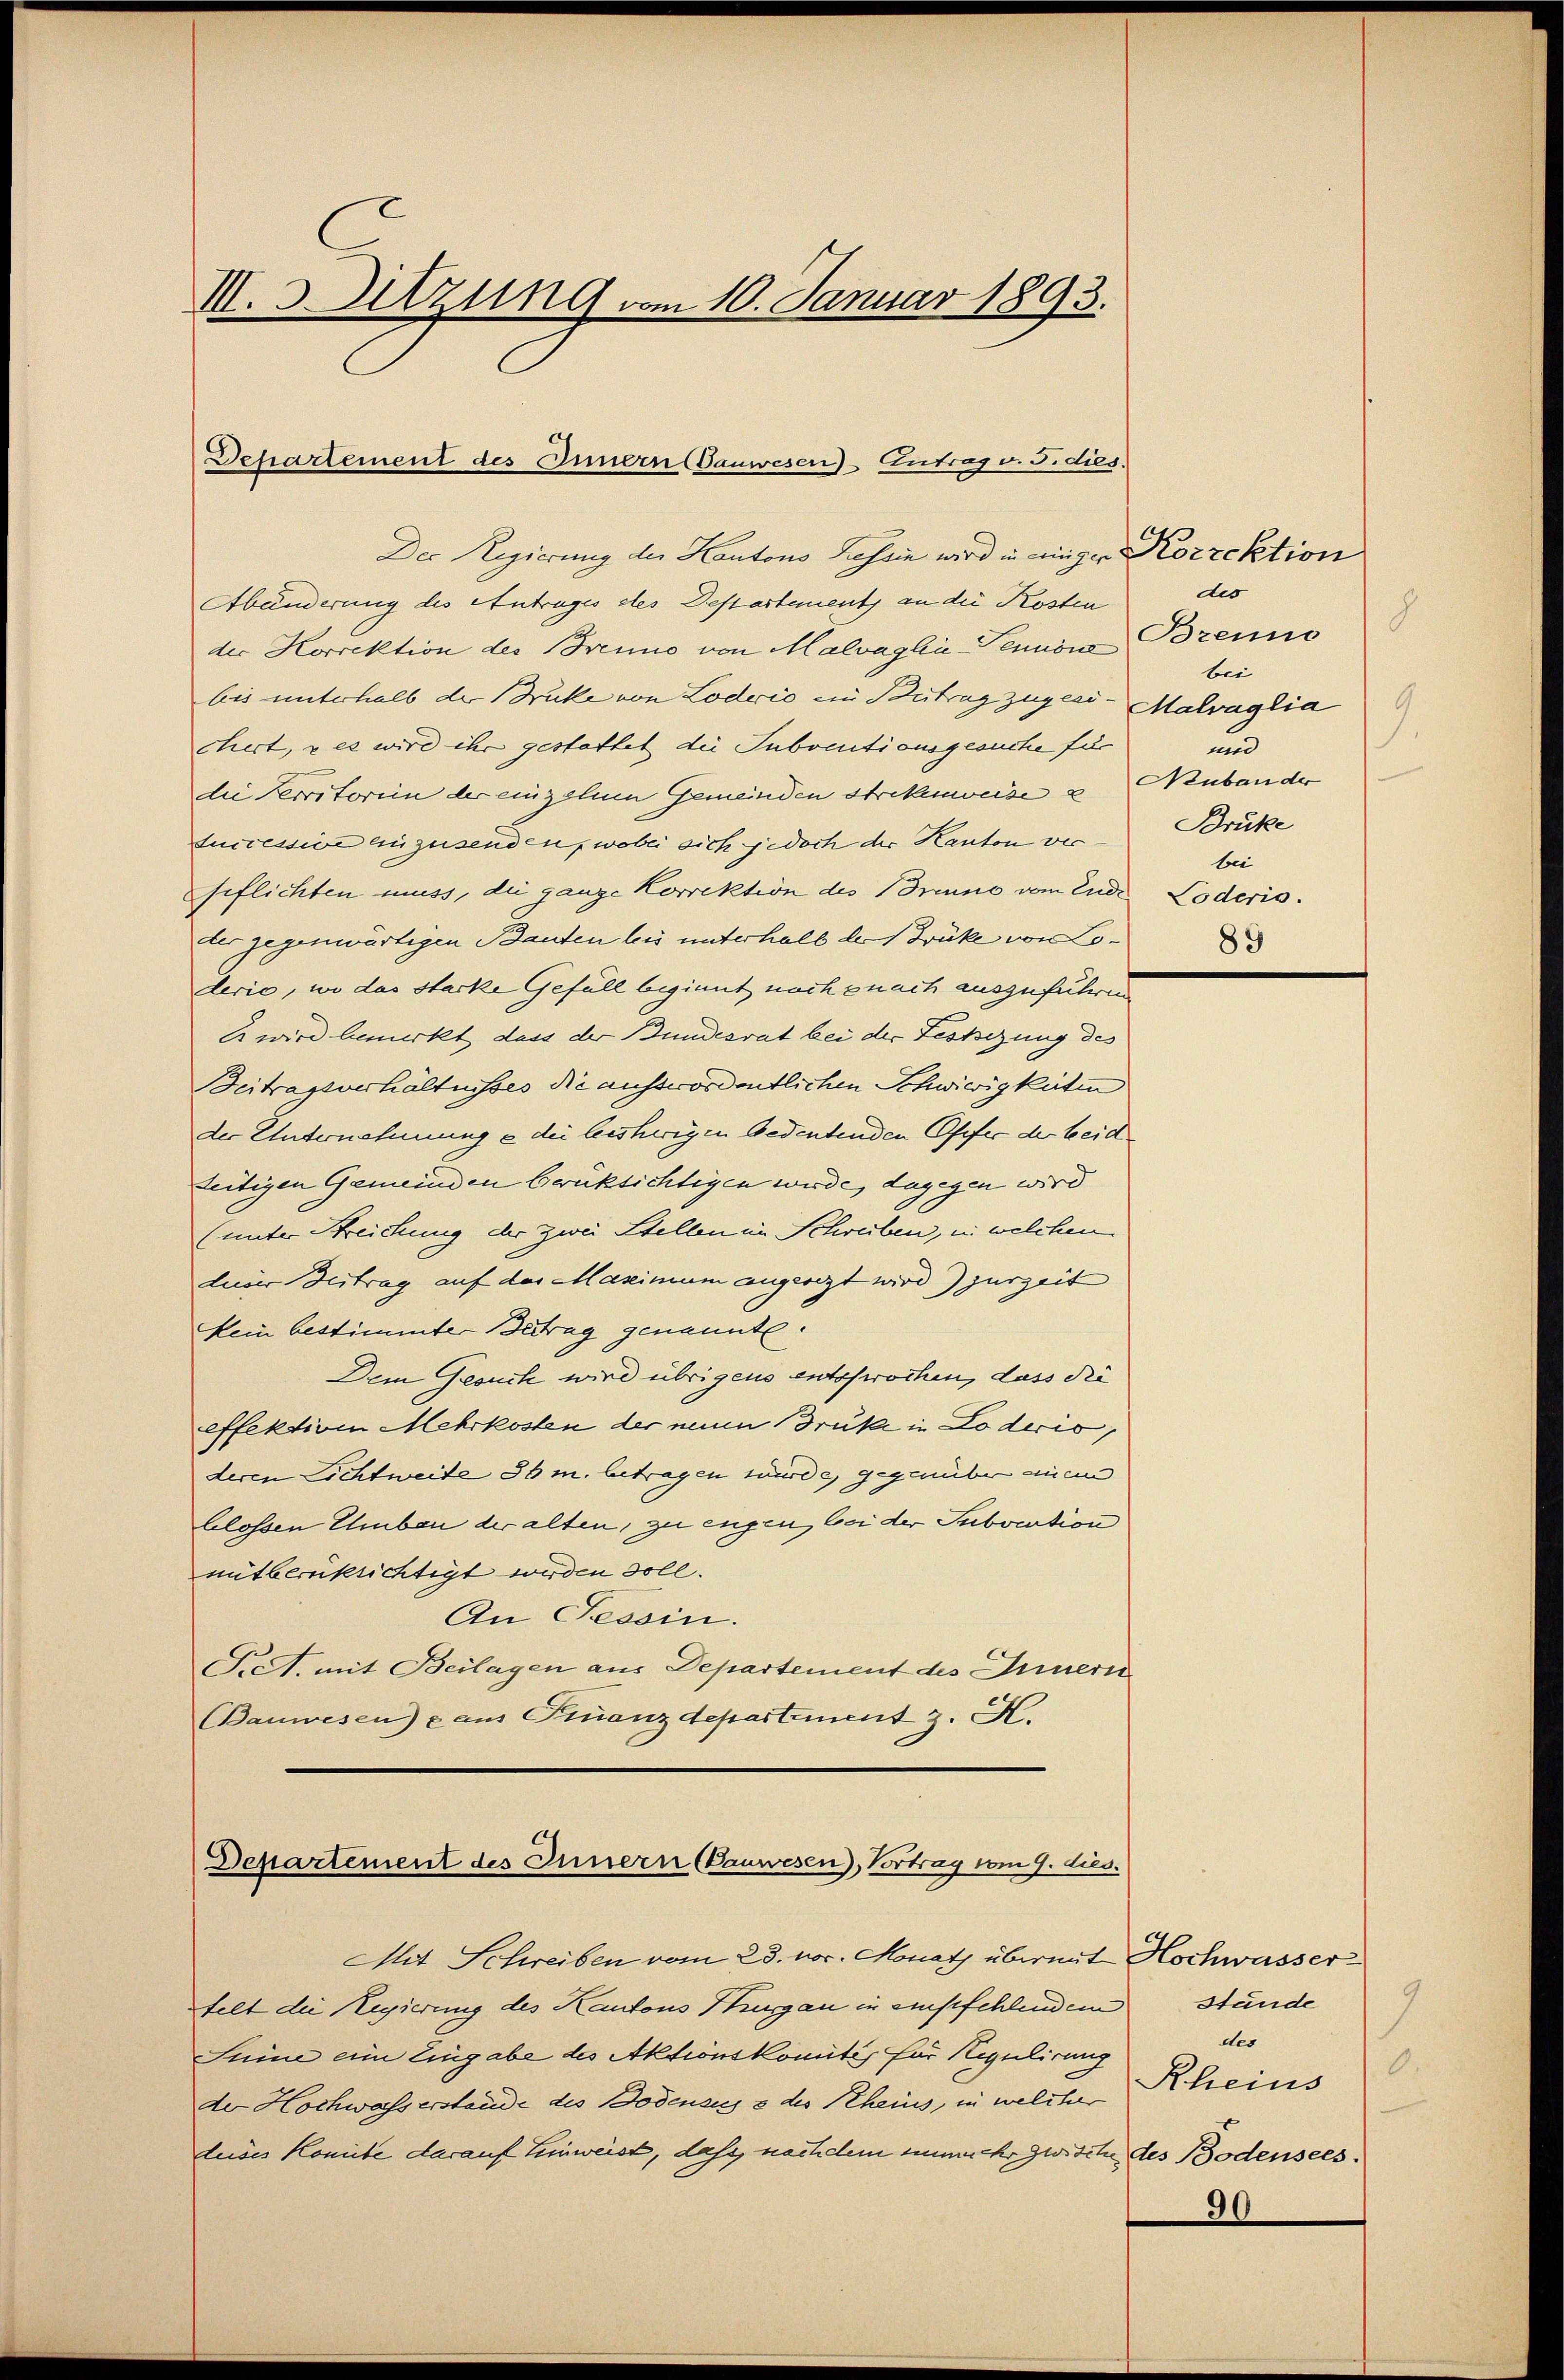
I. 3. Sitzung vom 10. Januar 1893.

Departement des Innern anwesen-Antrag v. J. dies.

Der Regierung der Kantons Tessin wird in einger Korrektion
Abänderung des Antrages des Departement an die Kosten
der Korrektion des Bruno von Malvaglia Pennön
bis unterhalb der Bruke von Löderio ein Betrag zugesi- Malraglia
ciert, u es wird ihr gestattet die Subventionsgesuche für
die Verritorien der einzelne Gemeinden Strekenweise z
duccession anzusenden, wobei sich jedoch der Kanton vergeflichten muss, die ganze Korrektion des Bruno vom Ende Toderis
ter gegenwärtigen Bauten bis unterhalb der Brüke von Loderie, wo das starke Gefüll beginnt noch enach auszuführen
E wird bemerkt dass der Bundesrat bei der Festsezung des
Beitragsverhältnisses die außerordentlichen Schwierigkeiten
der Unternehmung e die bisherigen bedentenden Offer der beidteitigen Gemeinden berüksichtigen werde, dagegen wird
(unter Streichung der zwei Stellen in Schreiben, u. welchen
luser Beitrag auf der Massimum angesezt wird) jurzeit
kein bestimmter Betrag genannte.
Dem Gesuch wird übrigens entsprochen, dass die
effektive Mehrkosten der neuen Brüke in Lodecis
deren Lichtweite 36 m. betragen würde, gegenüber einem
blossen Umbau der alten, zu engen bei der Subvertion
mitberüksichtigt werden soll.
An Tessin.
Frc. mit Beilagen aus Departement des Innern
Bauwesen) e aus Finanzdepartement z. K.

Departement des Innern (Vauwesen, Vortrag vom 9. dies.

Mit Schreiben vom 23. vor. Monatz übermit Hochwasser
telt die Regierung des Kantons Thurgau in empfehlendem
Seine ein Eingabe des Aktionskomités für Regulirung
der Hochwasserstande des Bodenaus & des Rheins, in welcher
duises Konnte darauf Einweist, daß, nach dem immehr zwische des Bodensees.

dis
Brenno
bei
und
Neubau der
Brüke
bei
89

90

Stunde
des
0
Rheins